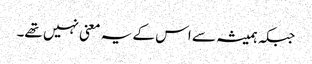
جبکہ ہمیشہ سے اس کے یہ معنی نہیں تھے۔